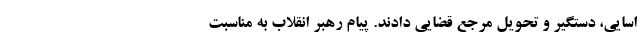
اسایی، دستگیر و تحویل مرجع قضایی دادند. پیام رهبر انقلاب به مناسبت